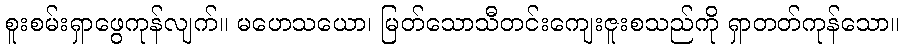
စူးစမ်းရှာဖွေကုန်လျက်။ မဟေသယော၊ မြတ်သောသီတင်းကျေးဇူးစသည်ကို ရှာတတ်ကုန်သော။